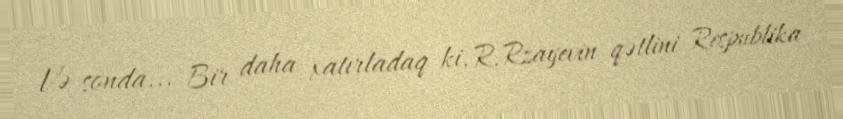
Və sonda... Bir daha xatırladaq ki, R.Rzayevin qətlini Respublika